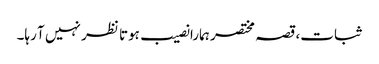
ثبات، قصہ مختصر ہمارا نصیب ہوتا نظر نہیں آ رہا۔